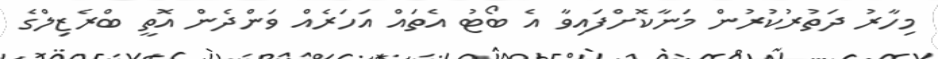
މިހާރު ދަތުރުކުރުން މަނާކޮށްފައިވާ އެ ބޯޓު އެތައް އަހަރެއް ވަންދެން އޮތީ ބްރެޒިލްގެ